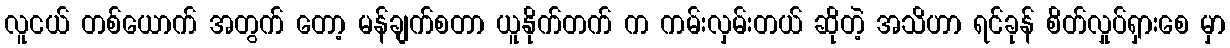
လူငယ် တစ်ယောက် အတွက် တော့ မန်ချက်စတာ ယူနိုက်တက် က ကမ်းလှမ်းတယ် ဆိုတဲ့ အသိဟာ ရင်ခုန် စိတ်လှုပ်ရှားစေ မှာ